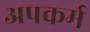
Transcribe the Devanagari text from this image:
अपकर्म